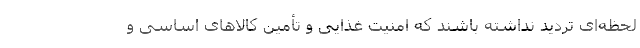
لحظه‌ای تردید نداشته باشند که امنیت غذایی و تأمین کالاهای اساسی و